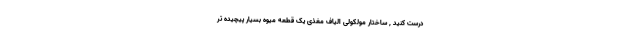
درست کنید , ساختار مولکولی الیاف مغذی یک قطعه میوه بسیار پیچیده تر